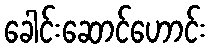
ခေါင်းဆောင်ဟောင်း